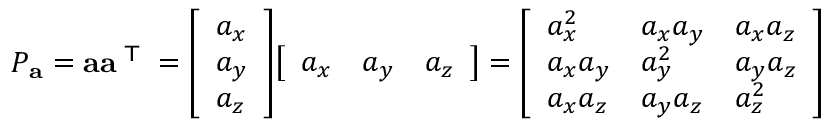
P _ { \mathbf { a } } = \mathbf { a } \mathbf { a } ^ { \textsf { T } } = { \left[ \begin{array} { l } { a _ { x } } \\ { a _ { y } } \\ { a _ { z } } \end{array} \right] } { \left[ \begin{array} { l l l } { a _ { x } } & { a _ { y } } & { a _ { z } } \end{array} \right] } = { \left[ \begin{array} { l l l } { a _ { x } ^ { 2 } } & { a _ { x } a _ { y } } & { a _ { x } a _ { z } } \\ { a _ { x } a _ { y } } & { a _ { y } ^ { 2 } } & { a _ { y } a _ { z } } \\ { a _ { x } a _ { z } } & { a _ { y } a _ { z } } & { a _ { z } ^ { 2 } } \end{array} \right] }